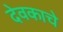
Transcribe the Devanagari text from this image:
देवकाचे